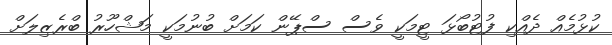
ކުޅުމެއް ދެއްކި ފުޓުބޯޅަ ޓީމަކީ ވެސް ސްޕޭން ކަމަށް ބުނުމަކީ މަޝްހޫރު ބްރެޒިލަށް